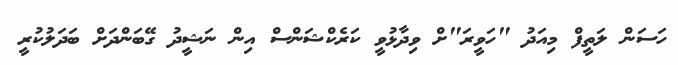
ހަސަން ލަތީފް މިއަދު "ހަވީރަ"ށް ވިދާޅުވީ ކަރެކްޝަންސް އިން ނަޝީދު ގޭބަންދަށް ބަދަލުކުރީ